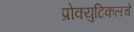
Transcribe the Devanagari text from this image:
प्रोक्युटिकलचे